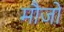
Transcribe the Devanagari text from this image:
मौजों